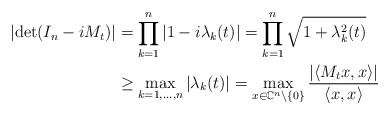
\begin{align*} \left|\det(I_n - i M_t) \right| & = \prod_{k=1}^n \left|1-i \lambda_k(t) \right|=\prod_{k=1}^n \sqrt{1+\lambda_k^2(t)}\\&\geq \max_{k = 1, \ldots, n} \left|\lambda_k(t) \right| = \max_{x \in \mathbb{C}^n \setminus \{0\}} \frac{\left|\langle M_t x, x \rangle \right|}{\langle x, x\rangle} \end{align*}